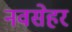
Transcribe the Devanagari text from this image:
नवसेहर